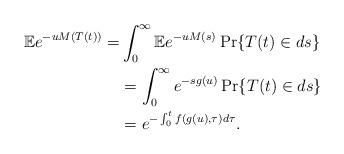
LaTeX: \begin{align*}\mathbb{E}e^{-uM(T(t))}= & \int _0 ^{\infty} \mathbb{E}e^{-uM(s)}\Pr \{ T(t)\in ds \}\\&= \int _0 ^{\infty} e^{-sg(u)} \Pr \{ T(t)\in ds \}\\&= e^{-\int _0^t f(g(u),\tau)d\tau}.\end{align*}